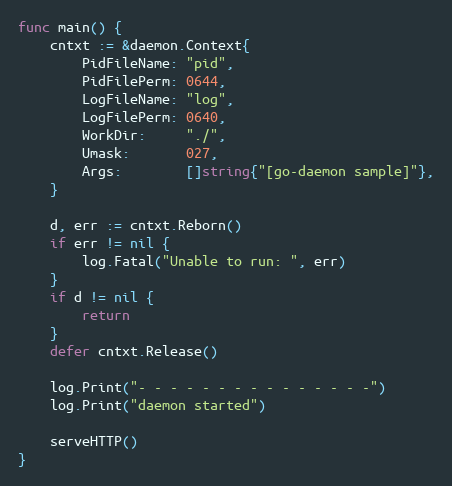
Language: Go
func main() {
	cntxt := &daemon.Context{
		PidFileName: "pid",
		PidFilePerm: 0644,
		LogFileName: "log",
		LogFilePerm: 0640,
		WorkDir:     "./",
		Umask:       027,
		Args:        []string{"[go-daemon sample]"},
	}

	d, err := cntxt.Reborn()
	if err != nil {
		log.Fatal("Unable to run: ", err)
	}
	if d != nil {
		return
	}
	defer cntxt.Release()

	log.Print("- - - - - - - - - - - - - - -")
	log.Print("daemon started")

	serveHTTP()
}